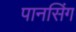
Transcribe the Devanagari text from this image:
पानसिंग